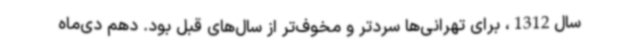
سال1312، برای تهرانی‌ها سردتر و مخوف‌تر از سال‌های قبل بود. دهم دی‌ماه